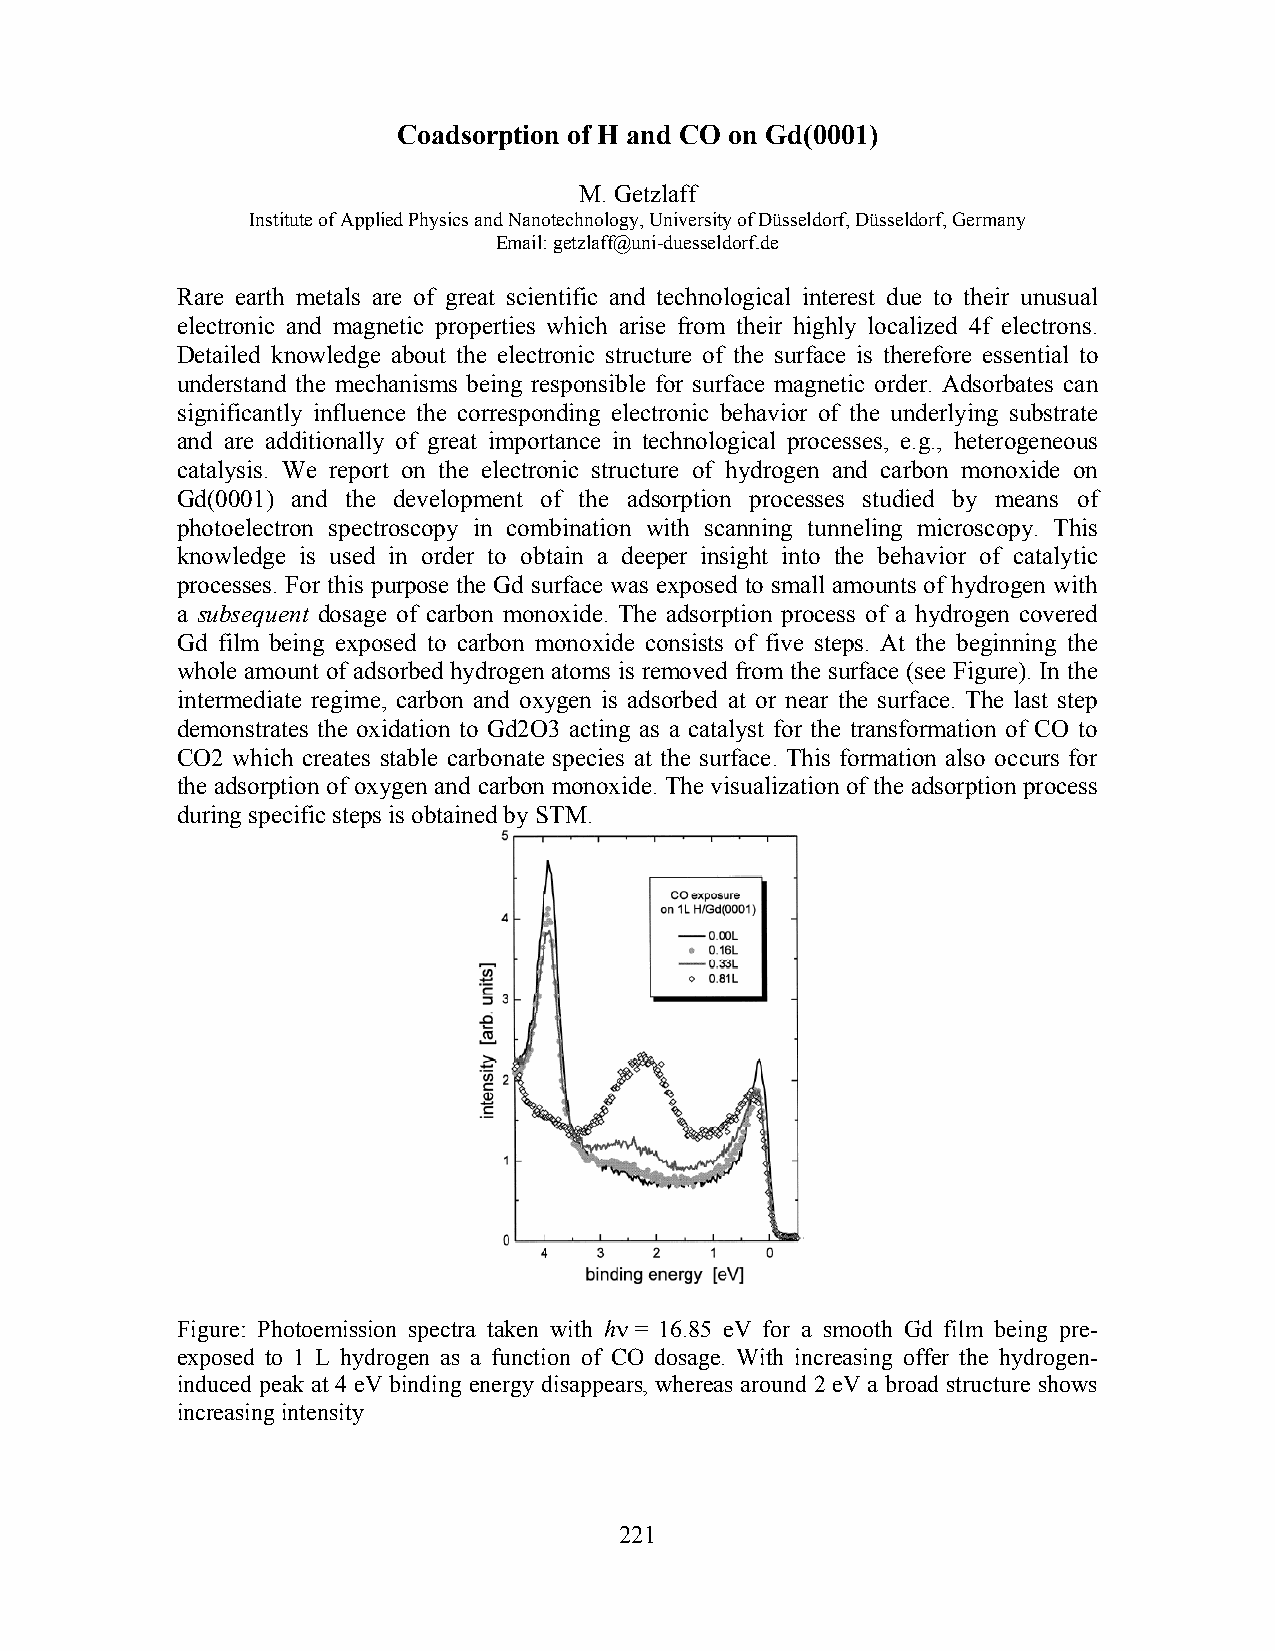
Coadsorption of H and CO on Gd(0001)
 M. Getzlaff
 Institute of Applied Physics and Nanotechnology, University of Düsseldorf, Düsseldorf, Germany
 Email: getzlaff@uni-duesseldorf.de
 Rare earth metals are of great scientific and technological interest due to their unusual
 electronic and magnetic properties which arise from their highly localized 4f electrons.
 Detailed knowledge about the electronic structure of the surface is therefore essential to
 understand the mechanisms being responsible for surface magnetic order. Adsorbates can
 significantly influence the corresponding electronic behavior of the underlying substrate
 and are additionally of great importance in technological processes, e.g., heterogeneous
 catalysis. We report on the electronic structure of hydrogen and carbon monoxide on
 Gd(0001) and the development of the adsorption processes studied by means of
 photoelectron spectroscopy in combination with scanning tunneling microscopy. This
 knowledge is used in order to obtain a deeper insight into the behavior of catalytic
 processes. For this purpose the Gd surface was exposed to small amounts of hydrogen with
 a subsequent dosage of carbon monoxide. The adsorption process of a hydrogen covered
 Gd film being exposed to carbon monoxide consists of five steps. At the beginning the
 whole amount of adsorbed hydrogen atoms is removed from the surface (see Figure). In the
 intermediate regime, carbon and oxygen is adsorbed at or near the surface. The last step
 demonstrates the oxidation to Gd2O3 acting as a catalyst for the transformation of CO to
 CO2 which creates stable carbonate species at the surface. This formation also occurs for
 the adsorption of oxygen and carbon monoxide. The visualization of the adsorption process
 during specific steps is obtained by STM.
 Figure: Photoemission spectra taken with hν = 16.85 eV for a smooth Gd film being pre-
 exposed to 1 L hydrogen as a function of CO dosage. With increasing offer the hydrogen-
 induced peak at 4 eV binding energy disappears, whereas around 2 eV a broad structure shows
 increasing intensity
 221